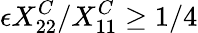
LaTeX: \epsilon X_{22}^{C}/X_{11}^{C}\geq 1/4